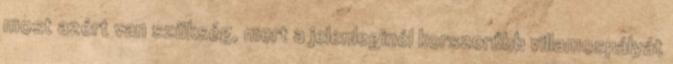
most azért van szükség, mert a jelenleginél korszerűbb villamospályát